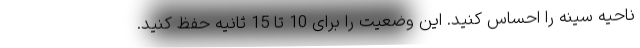
ناحیه سینه را احساس کنید. این وضعیت را برای 10 تا 15 ثانیه حفظ کنید.